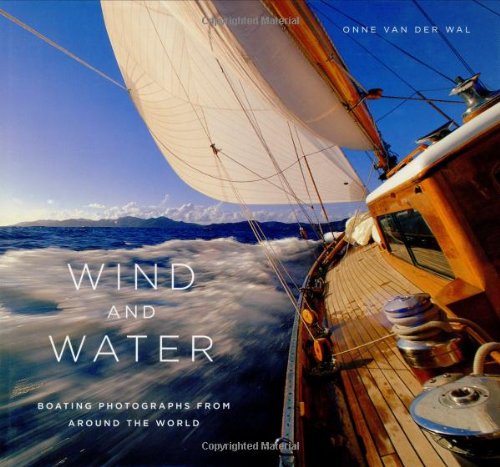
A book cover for Wind and Water: Boating Photographs From Around The World; Onne van der Wal; Arts & Photography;